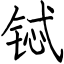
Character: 铽